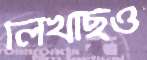
লিখছিও